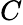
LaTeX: C_{}